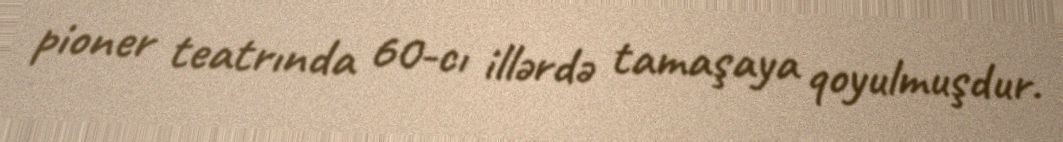
pioner teatrında 60-cı illərdə tamaşaya qoyulmuşdur.